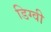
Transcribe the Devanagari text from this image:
डिग्वी